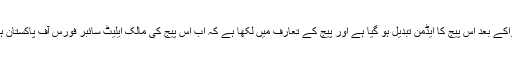
اغواکے بعد اس پیج کا ایڈمن تبدیل ہو گیا ہے اور پیج کے تعارف میں لکھا ہے کہ اب اس پیج کی مالک ایلیٹ سائبر فورس آف پاکستان ہے۔